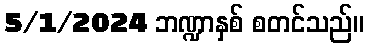
5/1/2024 ဘဏ္ဍာနှစ် စတင်သည်။